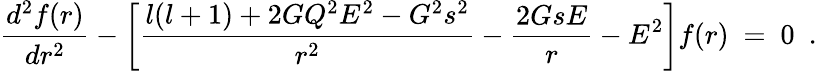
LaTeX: {\frac{d^{2}f(r)}{dr^{2}}}-\left[{\frac{l(l+1)+2GQ^{2}E^{2}-G^{2}s^{2}}{r^{2}}}-{\frac{2GsE}{r}}-E^{2}\right]f(r)~=~0~~.